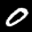
Label: 0